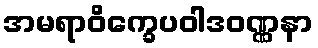
အမရာဝိက္ခေပဝါဒဝဏ္ဏနာ